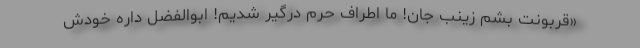
«قربونت بشم زینب جان! ما اطراف حرم درگیر شدیم! ابوالفضل داره خودش